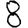
Digit: 8